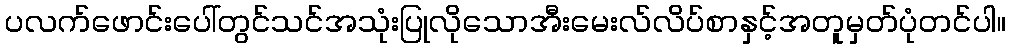
ပလက်ဖောင်းပေါ်တွင်သင်အသုံးပြုလိုသောအီးမေးလ်လိပ်စာနှင့်အတူမှတ်ပုံတင်ပါ။